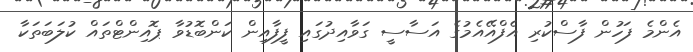
އެންމެ ފަހުން ފާސްކުރި އެފްއޭއެމުގެ އަސާސީ ގަވާއިދުގައި ފީފާއިން ކަންބޮޑުވާ ޕޮއިންޓްތައް ކުލަބަތަކާ